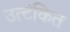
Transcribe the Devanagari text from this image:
उत्टंकित